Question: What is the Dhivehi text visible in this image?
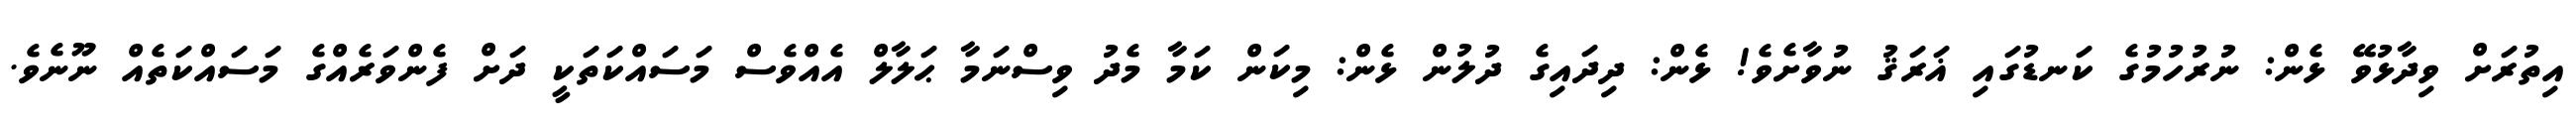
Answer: އިތުރަށް ވިދާޅުވޭ ޅެން: ނުރުހުމުގެ ކަނޑުގައި ޣަރަޤު ނުވާށެވެ! ޅެން: ދިދައިގެ ދުލުން ޅެން: މިކަން ކަމާ މެދު ވިސްނަމާ ޙަލާލް އެއްވެސް މަސައްކަތަކީ ދަށް ފެންވަރެއްގެ މަސައްކަތެއް ނޫނެވެ.